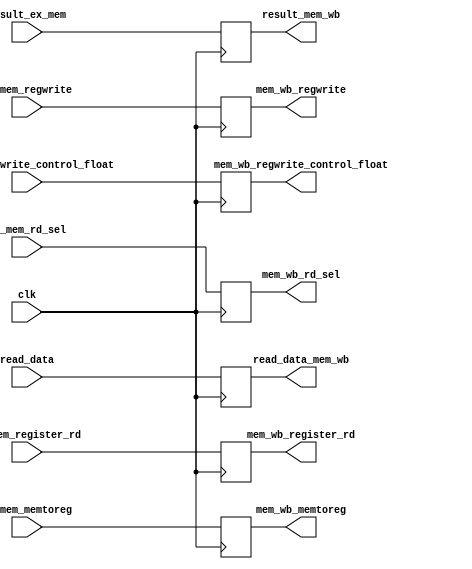
`timescale 1ns / 1ps
//////////////////////////////////////////////////////////////////////////////////
// Company: 
// Engineer: 
// 
// Design Name: 
// Module Name:    mem_wb 
// Project Name: 
// Target Devices: 
// Tool versions: 
// Description: 
//
// Dependencies: 
//
// Revision: 
// Revision 0.01 - File Created
// Additional Comments: 
//
//////////////////////////////////////////////////////////////////////////////////
 module mem_wb(ex_mem_rd_sel, mem_wb_rd_sel, clk,ex_mem_register_rd,mem_wb_register_rd, result_ex_mem,result_mem_wb,read_data,read_data_mem_wb,	ex_mem_memtoreg,ex_mem_regwrite, mem_wb_memtoreg,mem_wb_regwrite, ex_mem_regwrite_control_float, mem_wb_regwrite_control_float);
	
	input clk, ex_mem_rd_sel;
	input wire 	ex_mem_memtoreg,ex_mem_regwrite, ex_mem_regwrite_control_float;
	input wire [4:0] ex_mem_register_rd;
	
	input wire [31:0] result_ex_mem;
	input wire [31:0] read_data;
	output reg [4:0] mem_wb_register_rd;
	output reg [31:0] result_mem_wb;
	output reg [31:0] read_data_mem_wb;
	output reg  mem_wb_memtoreg,mem_wb_regwrite, mem_wb_regwrite_control_float, mem_wb_rd_sel;
	
	always @(posedge clk)
	begin
	mem_wb_register_rd<= ex_mem_register_rd;
	result_mem_wb<= result_ex_mem;
	read_data_mem_wb<= read_data;
	mem_wb_memtoreg<=ex_mem_memtoreg;
   mem_wb_regwrite<= ex_mem_regwrite;	 
   mem_wb_regwrite_control_float <= ex_mem_regwrite_control_float;
   mem_wb_rd_sel <= ex_mem_rd_sel;
	end
  


endmodule